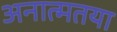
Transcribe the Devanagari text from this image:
अनात्मतया